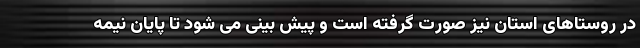
در روستاهای استان نیز صورت گرفته است و پیش بینی می شود تا پایان نیمه